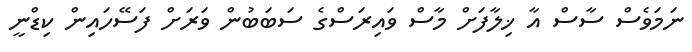
ނަމަވެސް ސާސް އާ ޚިލާފަށް މާސް ވައިރަސްގެ ސަބަބުން ވަރަށް ފަސޭހައިން ކިޑްނީ